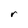
Character: r